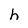
Character: h